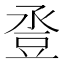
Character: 𧯢